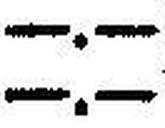
—.—